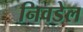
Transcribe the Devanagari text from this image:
निवडेल